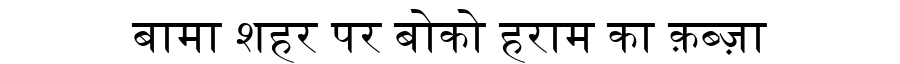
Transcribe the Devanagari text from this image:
बामा शहर पर बोको हराम का क़ब्ज़ा